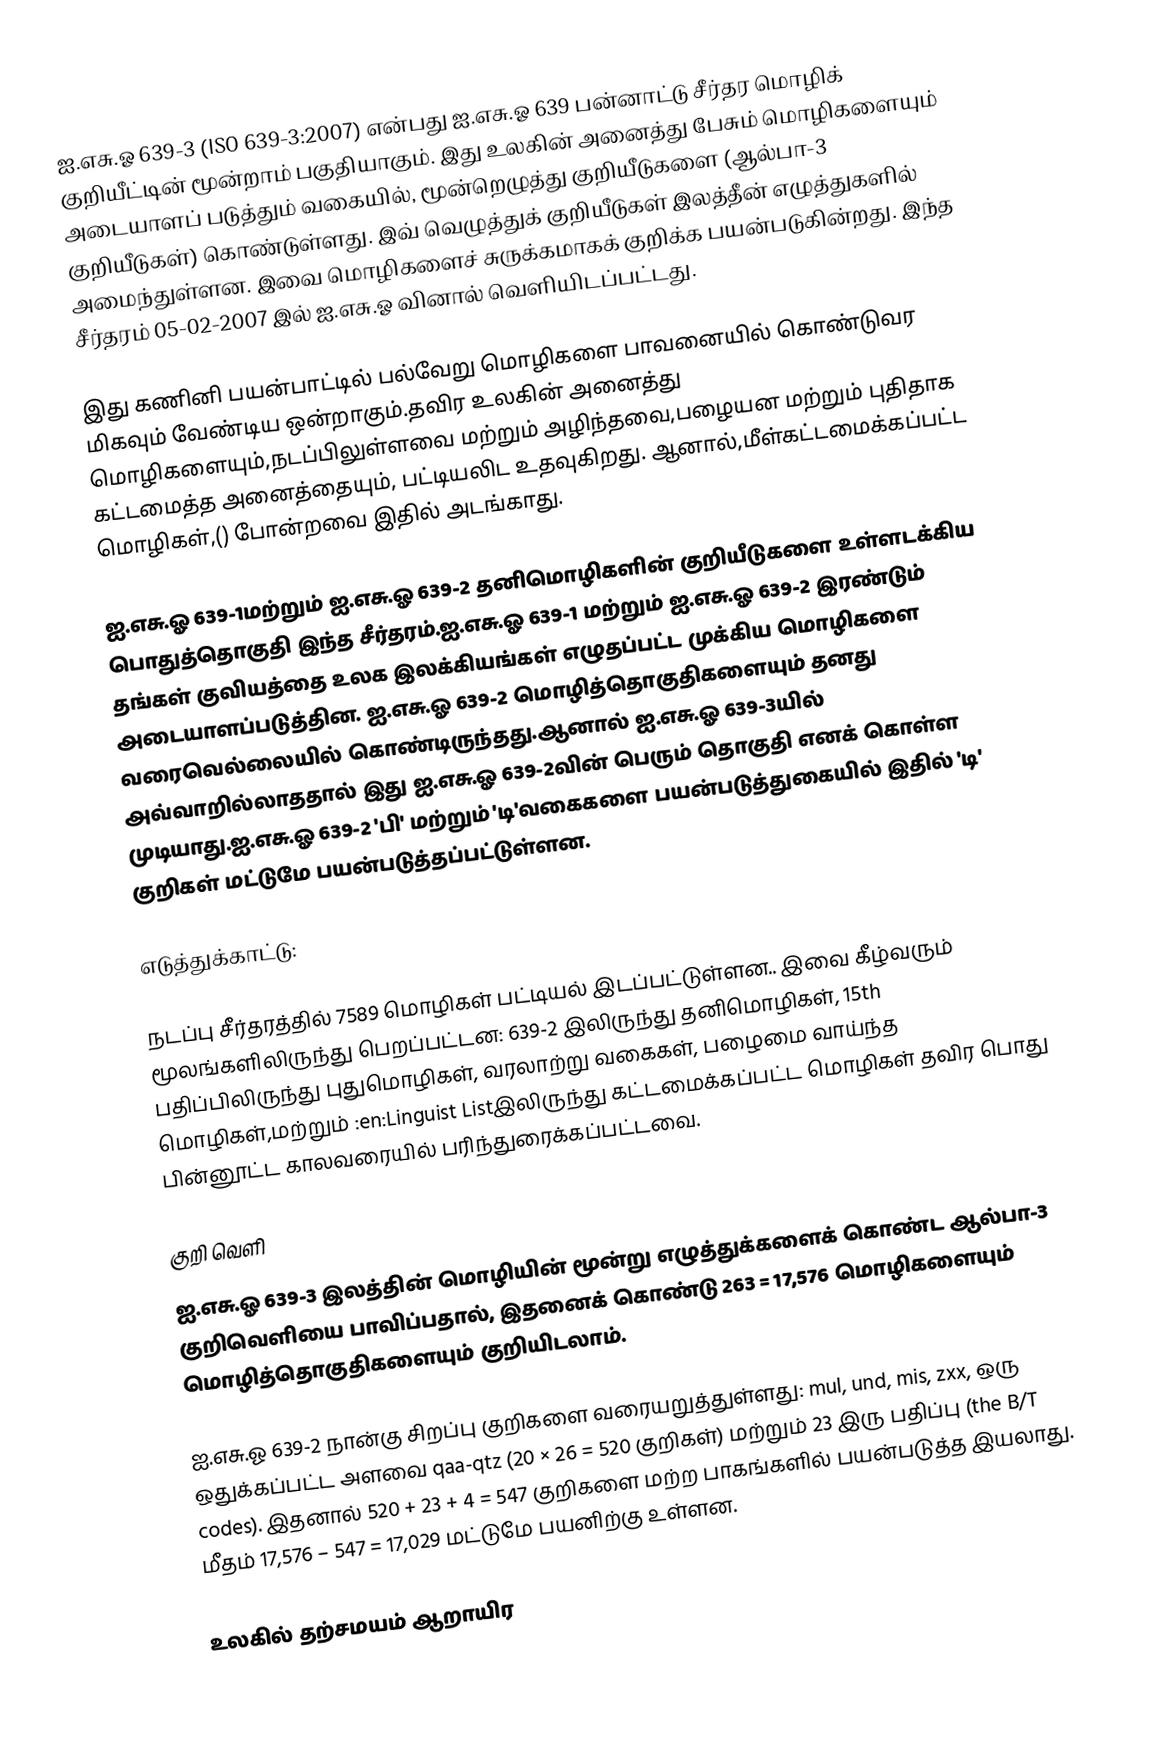
ஐ.எசு.ஓ 639-3 (ISO 639-3:2007) என்பது ஐ.எசு.ஓ 639 பன்னாட்டு சீர்தர மொழிக் குறியீட்டின் மூன்றாம் பகுதியாகும். இது உலகின் அனைத்து பேசும் மொழிகளையும் அடையாளப் படுத்தும் வகையில்,  மூன்றெழுத்து குறியீடுகளை (ஆல்பா-3 குறியீடுகள்) கொண்டுள்ளது. இவ் வெழுத்துக் குறியீடுகள் இலத்தீன் எழுத்துகளில் அமைந்துள்ளன. இவை மொழிகளைச் சுருக்கமாகக் குறிக்க பயன்படுகின்றது. இந்த சீர்தரம் 05-02-2007 இல் ஐ.எசு.ஓ வினால் வெளியிடப்பட்டது.

இது கணினி பயன்பாட்டில் பல்வேறு மொழிகளை பாவனையில் கொண்டுவர மிகவும் வேண்டிய ஒன்றாகும்.தவிர உலகின் அனைத்து மொழிகளையும்,நடப்பிலுள்ளவை மற்றும் அழிந்தவை,பழையன மற்றும் புதிதாக கட்டமைத்த அனைத்தையும், பட்டியலிட உதவுகிறது. ஆனால்,மீள்கட்டமைக்கப்பட்ட மொழிகள்,() போன்றவை இதில் அடங்காது.

ஐ.எசு.ஓ 639-1மற்றும் ஐ.எசு.ஓ 639-2 தனிமொழிகளின் குறியீடுகளை உள்ளடக்கிய பொதுத்தொகுதி இந்த சீர்தரம்.ஐ.எசு.ஓ 639-1 மற்றும் ஐ.எசு.ஓ 639-2 இரண்டும் தங்கள் குவியத்தை உலக இலக்கியங்கள் எழுதப்பட்ட முக்கிய மொழிகளை அடையாளப்படுத்தின. ஐ.எசு.ஓ 639-2 மொழித்தொகுதிகளையும் தனது வரைவெல்லையில் கொண்டிருந்தது.ஆனால் ஐ.எசு.ஓ 639-3யில் அவ்வாறில்லாததால் இது ஐ.எசு.ஓ 639-2வின் பெரும் தொகுதி எனக் கொள்ள முடியாது.ஐ.எசு.ஓ 639-2 'பி' மற்றும் 'டி'வகைகளை பயன்படுத்துகையில் இதில் 'டி' குறிகள் மட்டுமே பயன்படுத்தப்பட்டுள்ளன.

எடுத்துக்காட்டு:

நடப்பு சீர்தரத்தில் 7589 மொழிகள் பட்டியல் இடப்பட்டுள்ளன.. இவை கீழ்வரும் மூலங்களிலிருந்து பெறப்பட்டன: 639-2 இலிருந்து தனிமொழிகள்,  15th பதிப்பிலிருந்து புதுமொழிகள், வரலாற்று வகைகள், பழைமை வாய்ந்த மொழிகள்,மற்றும் :en:Linguist Listஇலிருந்து கட்டமைக்கப்பட்ட மொழிகள் தவிர பொது பின்னூட்ட காலவரையில் பரிந்துரைக்கப்பட்டவை.

குறி வெளி
ஐ.எசு.ஓ 639-3 இலத்தின் மொழியின் மூன்று எழுத்துக்களைக் கொண்ட ஆல்பா-3 குறிவெளியை பாவிப்பதால், இதனைக் கொண்டு 263 = 17,576 மொழிகளையும் மொழித்தொகுதிகளையும் குறியிடலாம்.

ஐ.எசு.ஓ 639-2 நான்கு சிறப்பு குறிகளை வரையறுத்துள்ளது: mul, und, mis, zxx, ஒரு ஒதுக்கப்பட்ட அளவை qaa-qtz (20 × 26 = 520 குறிகள்) மற்றும் 23 இரு பதிப்பு (the B/T codes). இதனால் 520 + 23 + 4 = 547 குறிகளை மற்ற பாகங்களில் பயன்படுத்த இயலாது. மீதம் 17,576 – 547 = 17,029 மட்டுமே பயனிற்கு உள்ளன.

உலகில் தற்சமயம் ஆறாயிர